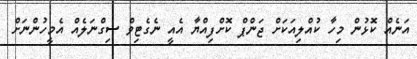
އަނެއް ކޮޅުން މިހާ ކުއްލިއަކަށް ޖަންޕް ކޮށްފިއްޔާ އެއީ ނެގެޓިވް ސިގްނަލެއް އެމީހުންނަށް